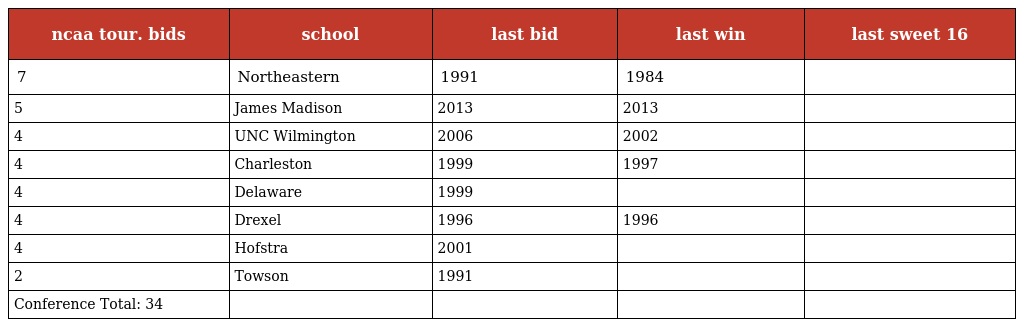
| ncaa tour. bids | school | last bid | last win | last sweet 16 |
 | --- | --- | --- | --- | --- |
 | 7 | Northeastern | 1991 | 1984 |  |
 | 5 | James Madison | 2013 | 2013 |  |
 | 4 | UNC Wilmington | 2006 | 2002 |  |
 | 4 | Charleston | 1999 | 1997 |  |
 | 4 | Delaware | 1999 |  |  |
 | 4 | Drexel | 1996 | 1996 |  |
 | 4 | Hofstra | 2001 |  |  |
 | 2 | Towson | 1991 |  |  |
 | Conference Total: 34 |  |  |  |  |